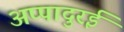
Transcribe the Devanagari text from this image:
अप्पादुरई